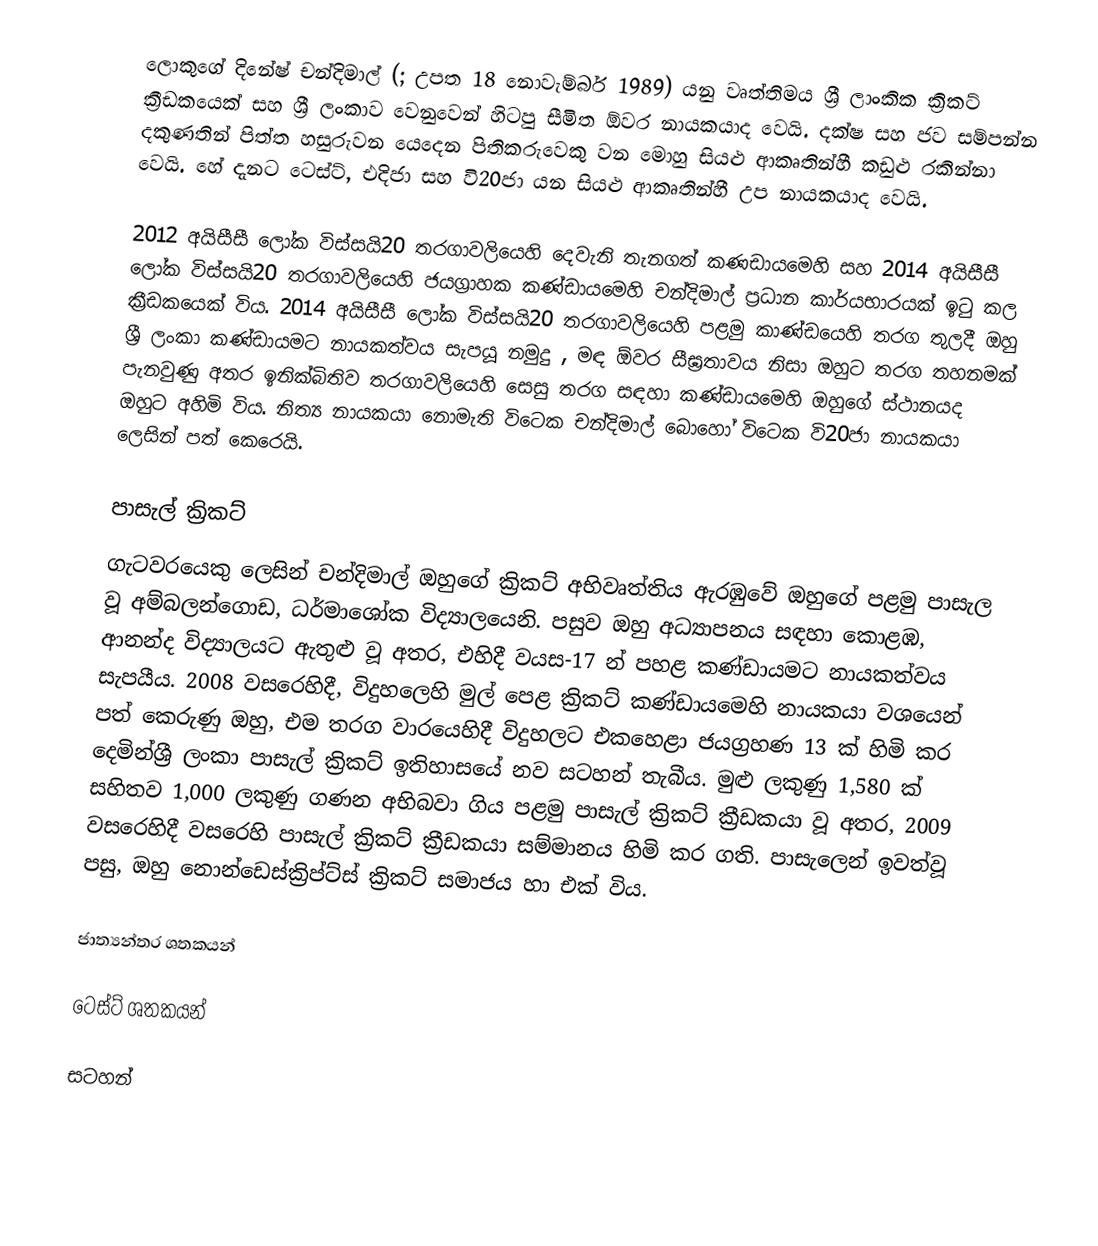
ලොකුගේ දිනේෂ් චන්දිමාල් (; උපත 18 නොවැම්බර් 1989) යනු වෘත්තිමය  ශ්‍රී ලාංකික ක්‍රිකට් ක්‍රීඩකයෙක් සහ ශ්‍රී ලංකාව වෙනුවෙන් හිටපු  සීමිත ඕවර නායකයාද වෙයි. දක්ෂ සහ ජව සම්පන්න දකුණතින් පිත්ත හසුරුවන යෙදෙන පිතිකරුවෙකු වන මොහු සියළු ආකෘතින්හී කඩුළු රකින්නා වෙයි. හේ දැනට ටෙස්ට්, එදිජා සහ වි20ජා යන සියළු ආකෘතින්හී උප නායකයාද වෙයි.

2012 අයිසීසී ලෝක විස්සයි20 තරගාවලියෙහි දෙවැනි තැනගත් කණඩායමෙහි සහ 2014 අයිසීසී ලෝක විස්සයි20 තරගාවලියෙහි ජයග්‍රාහක කණ්ඩායමෙහි චන්දිමාල් ප්‍රධාන කාර්යභාරයක් ඉටු කල  ක්‍රීඩකයෙක් විය. 2014 අයිසීසී ලෝක විස්සයි20 තරගාවලියෙහි පළමු  කාණ්ඩයෙහි තරග තුලදී ඔහු ශ්‍රී ලංකා කණ්ඩායමට නායකත්වය  සැපයූ නමුදු , මඳ  ඕවර සීඝ්‍රතාවය නිසා ඔහුට තරග තහනමක් පැනවුණු අතර  ඉනික්බිතිව  තරගාවලියෙහි සෙසු තරග සඳහා කණ්ඩායමෙහි ඔහුගේ ස්ථානයද ඔහුට අහිමි විය. නිත්‍ය නායකයා නොමැති විටෙක චන්දිමාල් බොහෝ විටෙක වි20ජා නායකයා ලෙසින් පත් කෙරෙයි.

පාසැල් ක්‍රිකට්
ගැටවරයෙකු ලෙසින් චන්දිමාල් ඔහුගේ ක්‍රිකට් අභිවෘත්තිය ඇරඹුවේ ඔහුගේ පළමු පාසැල වූ  අම්බලන්ගොඩ,  ධර්මාශෝක විද්‍යාලයෙනි. පසුව ඔහු අධ්‍යාපනය සඳහා කොළඹ, ආනන්ද විද්‍යාලයට ඇතුළු වූ අතර, එහිදී වයස-17 න් පහළ කණ්ඩායමට නායකත්වය සැපයීය. 2008 වසරෙහිදී, විදුහලෙහි මුල් පෙළ ක්‍රිකට් කණ්ඩායමෙහි නායකයා වශයෙන් පත් කෙරුණු ඔහු, එම තරග වාරයෙහිදී විදුහලට එකහෙළා ජයග්‍රහණ 13 ක් හිමි කර දෙමින්ශ්‍රී ලංකා පාසැල් ක්‍රිකට් ඉතිහාසයේ නව සටහන් තැබීය. මුළු ලකුණු 1,580 ක් සහිතව 1,000 ලකුණු ගණන අභිබවා ගිය පළමු පාසැල් ක්‍රිකට් ක්‍රීඩකයා වූ අතර, 2009 වසරෙහිදී වසරෙහි පාසැල් ක්‍රිකට් ක්‍රීඩකයා සම්මානය හිමි කර ගති. පාසැලෙන් ඉවත්වූ පසු, ඔහු නොන්ඩෙස්ක්‍රිප්ට්ස් ක්‍රිකට් සමාජය හා එක් විය.

ජාත්‍යන්තර ශතකයන්

ටෙස්ට් ශතකයන්

සටහන්